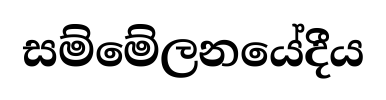
සම්මේලනයේදීය